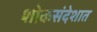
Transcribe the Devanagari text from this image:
शोकसंदेशात